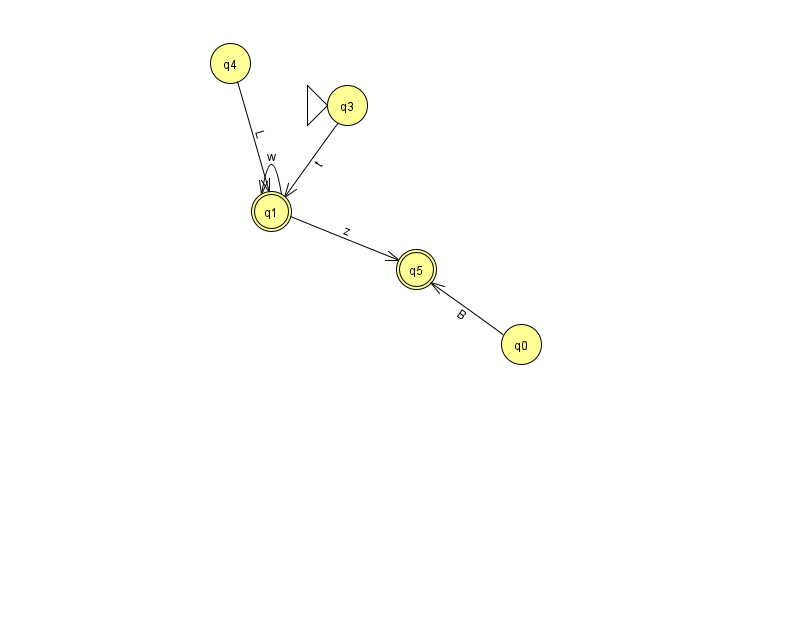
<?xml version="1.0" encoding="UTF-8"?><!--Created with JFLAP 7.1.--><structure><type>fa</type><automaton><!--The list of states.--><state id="0" name="q0"><x>521.0</x><y>331.0</y></state><state id="1" name="q1"><x>271.0</x><y>198.0</y><final/></state><state id="3" name="q3"><x>347.0</x><y>92.0</y><initial/></state><state id="4" name="q4"><x>230.0</x><y>50.0</y></state><state id="5" name="q5"><x>416.0</x><y>256.0</y><final/></state><!--The list of transitions.--><transition><from>4</from><to>1</to><read>L</read></transition><transition><from>1</from><to>1</to><read>w</read></transition><transition><from>0</from><to>5</to><read>B</read></transition><transition><from>3</from><to>1</to><read>t</read></transition><transition><from>1</from><to>5</to><read>z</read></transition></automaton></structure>